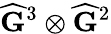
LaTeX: \widehat{\mathbf{G}}^{3}\otimes\widehat{\mathbf{G}}^{2}